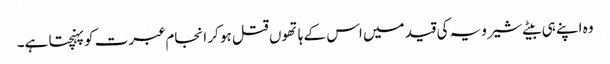
وہ اپنے ہی بیٹے شیرویہ کی قید میں اس کے ہاتھوں قتل ہو کر انجام عبرت کو پہنچتا ہے۔